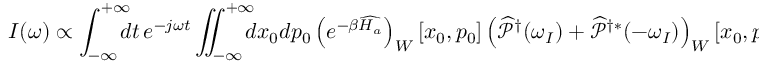
I ( \omega ) \propto \int _ { - \infty } ^ { + \infty } \! \! \! \! d t \, e ^ { - j \omega t } \iint _ { - \infty } ^ { + \infty } \! \! \! \! d x _ { 0 } d p _ { 0 } \left( e ^ { - \beta \widehat { H _ { a } } } \right) _ { W } [ x _ { 0 } , p _ { 0 } ] \left( \widehat { \mathcal { P } } ^ { \dagger } ( \omega _ { I } ) + \widehat { \mathcal { P } } ^ { \dagger * } ( - \omega _ { I } ) \right) _ { W } [ x _ { 0 } , p _ { 0 } ] \left( \widehat { \mathcal { P } } ( \omega _ { I } ) + \widehat { \mathcal { P } } ^ { * } ( - \omega _ { I } ) \right) _ { W } [ x _ { t } , p _ { t } ]